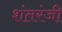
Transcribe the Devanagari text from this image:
शंतरंजी